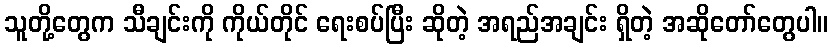
သူတို့တွေက သီချင်းကို ကိုယ်တိုင် ရေးစပ်ပြီး ဆိုတဲ့ အရည်အချင်း ရှိတဲ့ အဆိုတော်တွေပါ။